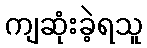
ကျဆုံးခဲ့ရသူ